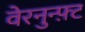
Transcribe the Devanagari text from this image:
वेरनुन्फ़्ट